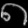
Digit: ၈